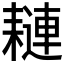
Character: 𦔖